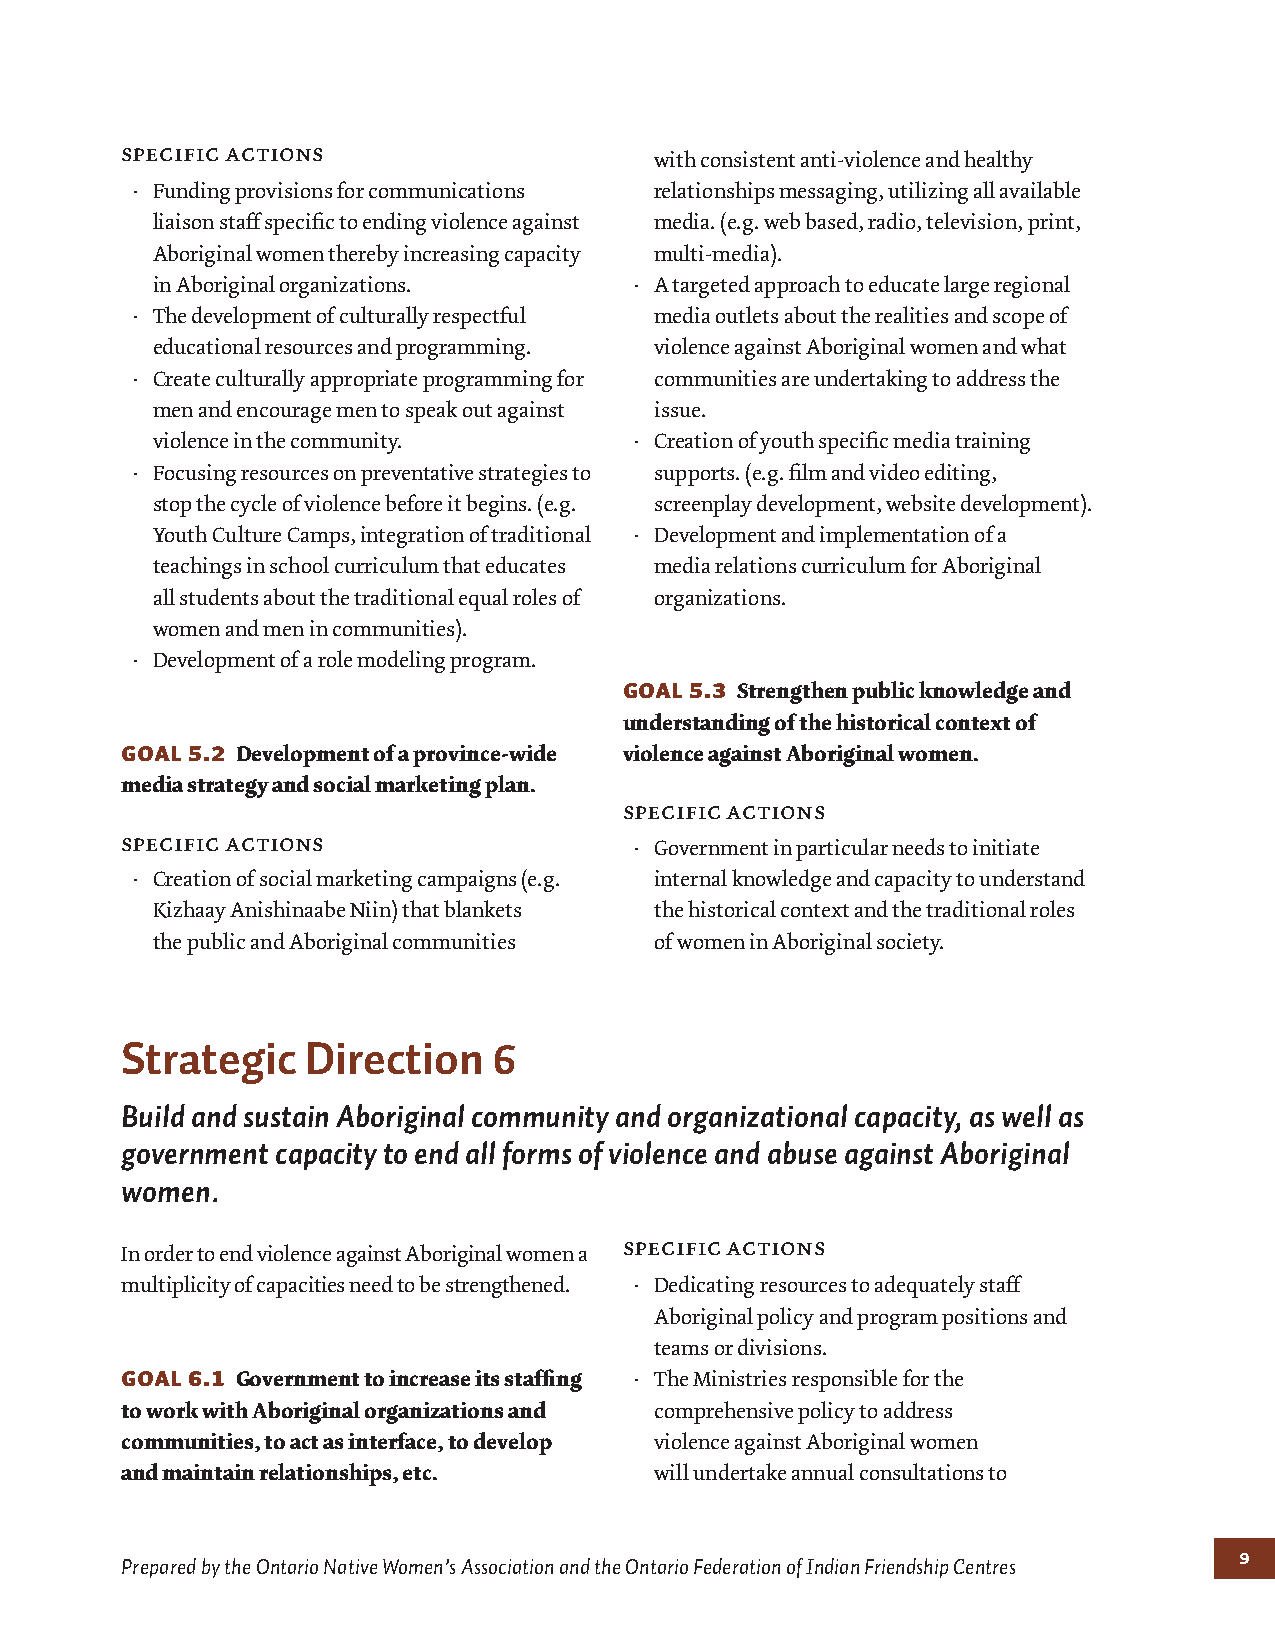
specific actions
 with consistent anti-violence and healthy
 · Funding provisions for communications relationships messaging, utilizing all available
 liaison staff specific to ending violence against media. (e.g. web based, radio, television, print,
 Aboriginal women thereby increasing capacity multi-media).
 in Aboriginal organizations.    · A targeted approach to educate large regional
 · The development of culturally respectful media outlets about the realities and scope of
 educational resources and programming. violence against Aboriginal women and what
 · Create culturally appropriate programming for communities are undertaking to address the
 men and encourage men to speak out against issue.
 violence in the community.      · Creation of youth specific media training
 · Focusing resources on preventative strategies to supports. (e.g. film and video editing,
 stop the cycle of violence before it begins. (e.g. screenplay development, website development).
 Youth Culture Camps, integration of traditional · Development and implementation of a
 teachings in school curriculum that educates media relations curriculum for Aboriginal
 all students about the traditional equal roles of organizations.
 women and men in communities).
 · Development of a role modeling program.
 Goal 5.3 Strengthen public knowledge and
 understanding of the historical context of
 Goal 5.2 Development of a province-wide violence against Aboriginal women.
 media strategy and social marketing plan.
 specific actions
 specific actions
 · Government in particular needs to initiate
 · Creation of social marketing campaigns (e.g. internal knowledge and capacity to understand
 Kizhaay Anishinaabe Niin) that blankets the historical context and the traditional roles
 the public and Aboriginal communities of women in Aboriginal society.
 Strategic   Direction    6
 Build and sustain Aboriginal community and organizational capacity, as well as
 government capacity to end all forms of violence and abuse against Aboriginal
 women.
 specific actions
 In order to end violence against Aboriginal women a
 multiplicity of capacities need to be strengthened. · Dedicating resources to adequately staff
 Aboriginal policy and program positions and
 teams or divisions.
 Goal 6.1 Government to increase its staffing · The Ministries responsible for the
 to work with Aboriginal organizations and comprehensive policy to address
 communities, to act as interface, to develop violence against Aboriginal women
 and maintain relationships, etc.   will undertake annual consultations to
 9
 Prepared by the Ontario Native Women’s Association and the Ontario Federation of Indian Friendship Centres